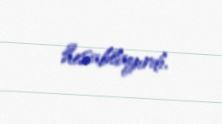
hesablayırdı.